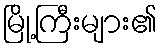
မြို့ကြီးများ၏